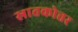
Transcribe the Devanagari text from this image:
स्रातकोत्तर